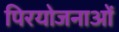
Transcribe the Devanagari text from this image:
पिरयोजनाओं